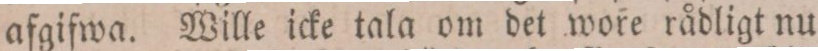
afgifwa. Wille icke tala om det wore rådligt nu